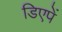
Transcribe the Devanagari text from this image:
डिएपें